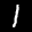
Label: 1